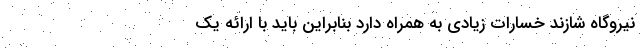
نیروگاه شازند خسارات زیادی به همراه دارد بنابراین باید با ارائه یک